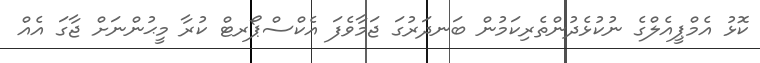
ކޮޅު އެމްޕީއެލްގެ ނުކުޅެދުންތެރިކަމުން ބަނދަރުގަ ޖަމާވެފަ އެކްސްޕޯރޓް ކުރާ މީޙުންނަށް ޖާގަ އެއް